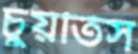
চুয়তিস